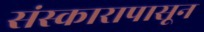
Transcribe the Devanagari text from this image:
संस्कारापासून